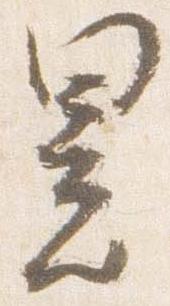
署